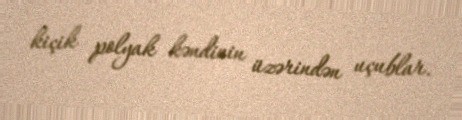
kiçik polyak kəndinin üzərindən uçublar.